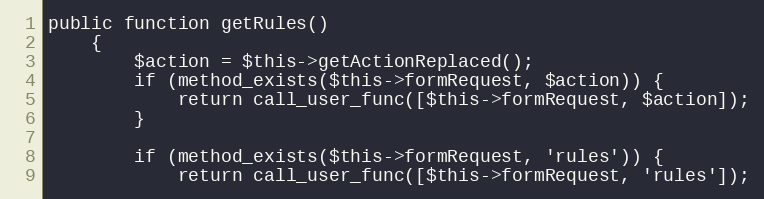
Language: PHP
public function getRules()
    {
        $action = $this->getActionReplaced();
        if (method_exists($this->formRequest, $action)) {
            return call_user_func([$this->formRequest, $action]);
        }

        if (method_exists($this->formRequest, 'rules')) {
            return call_user_func([$this->formRequest, 'rules']);